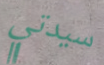
سيدتي